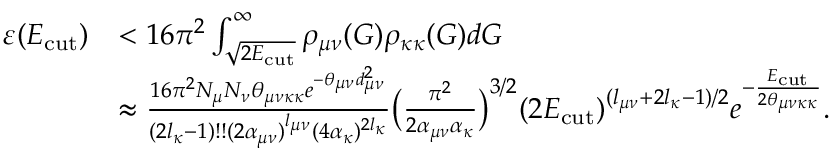
\begin{array} { r l } { \varepsilon ( E _ { \mathrm { c u t } } ) } & { < 1 6 \pi ^ { 2 } \int _ { \sqrt { 2 E _ { \mathrm { c u t } } } } ^ { \infty } \rho _ { \mu \nu } ( G ) \rho _ { \kappa \kappa } ( G ) d G } \\ & { \approx \frac { 1 6 \pi ^ { 2 } N _ { \mu } N _ { \nu } \theta _ { \mu \nu \kappa \kappa } e ^ { - \theta _ { \mu \nu } d _ { \mu \nu } ^ { 2 } } } { ( 2 l _ { \kappa } - 1 ) ! ! ( 2 \alpha _ { \mu \nu } ) ^ { l _ { \mu \nu } } ( 4 \alpha _ { \kappa } ) ^ { 2 l _ { \kappa } } } \big ( \frac { \pi ^ { 2 } } { 2 \alpha _ { \mu \nu } \alpha _ { \kappa } } \big ) ^ { 3 / 2 } ( 2 E _ { \mathrm { c u t } } ) ^ { ( l _ { \mu \nu } + 2 l _ { \kappa } - 1 ) / 2 } e ^ { - \frac { E _ { \mathrm { c u t } } } { 2 \theta _ { \mu \nu \kappa \kappa } } } . } \end{array}